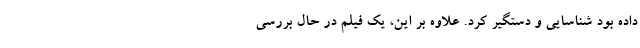
داده بود شناسایی و دستگیر کرد. علاوه بر این، یک فیلم در حال بررسی